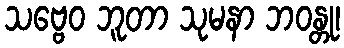
သဗ္ဗေဝ ဘူတာ သုမနာ ဘဝန္တု၊